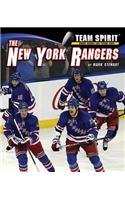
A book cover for The New York Rangers (Team Spirit); Mark Stewart; Children's Books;